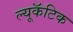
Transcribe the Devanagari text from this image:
ल्यूकॅटिक